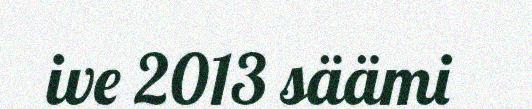
ive 2013 säämi